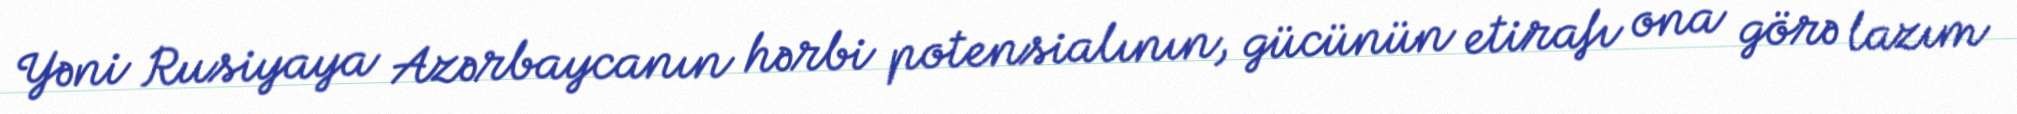
Yəni Rusiyaya Azərbaycanın hərbi potensialının, gücünün etirafı ona görə lazım